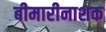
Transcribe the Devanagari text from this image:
बीमारीनाशक